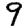
Digit: 9